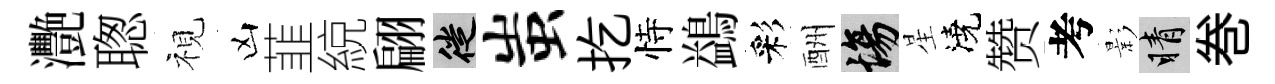
灧聦視凶韮綂翩徙蚩扢恃鷁彩酬場星澆赞考影睛巻